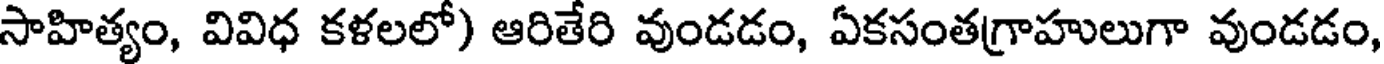
సాహిత్యం, వివిధ కళలలో) ఆరితేరి వుండడం, ఏకసంతగ్రాహులుగా వుండడం,